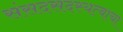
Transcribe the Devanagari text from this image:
संसदसदस्यत्वाचा